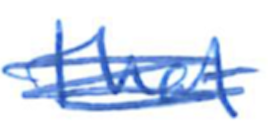
Text: that
Cross-out: scratch
Writing tool: ballpoint